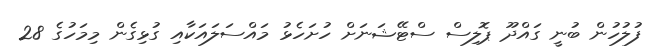
ފުލުހުން ބުނީ ގައްދޫ ޕޮލިސް ސްޓޭޝަނަށް ހުށަހެޅު މައްސަލައަކާއި ގުޅިގެން މިމަހުގެ 28